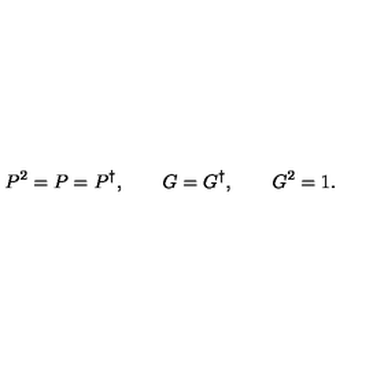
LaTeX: P ^ { 2 } = P = P ^ { \dagger } , \qquad G = G ^ { \dagger } , \qquad G ^ { 2 } = 1 .